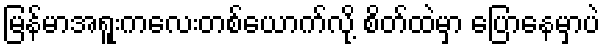
မြန်မာအရူးကလေးတစ်ယောက်လို့ စိတ်ထဲမှာ ပြောနေမှာပဲ